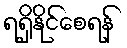
ရရှိနိုင်စေရန်